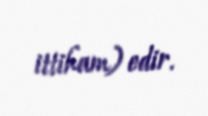
ittiham) edir.